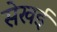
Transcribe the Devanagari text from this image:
सेखई